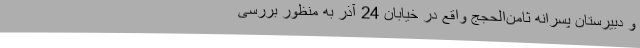
و دبیرستان پسرانه ثامن‌الحجج واقع در خیابان 24 آذر به منظور بررسی